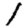
Digit: 1